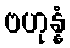
ဗဟုန္နံ